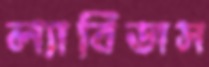
ল্যাবিডাস